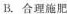
B.合理施肥